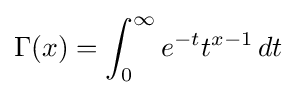
\Gamma (x)=\int _{0}^{\infty }e^{-t}t^{x-1}\,dt